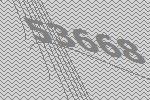
53668